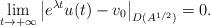
LaTeX: \begin{align*}\lim_{t\to +\infty}\left|e^{\lambda t}u(t)-v_{0}\right|_{D(A^{1/2})}=0.\end{align*}